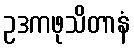
ဥဒကဖုသိတာနံ